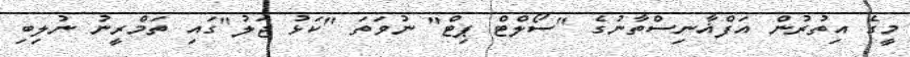
މީގެ އިތުރުން އަފްޣާނިސްތާނުގެ "ސޯލްޓް ޕިޓް" ނުވަތަ "ކަޅު ޖަލު"ގައި ތަމްރީނު ނުލިބި